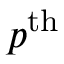
p ^ { \mathrm { t h } }